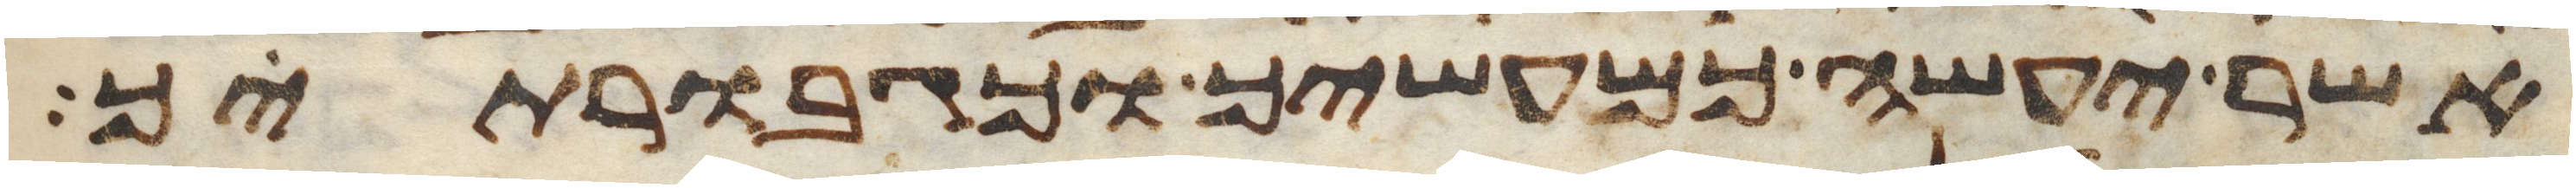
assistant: אשר יעשה כמעשיך וכגבורתיך